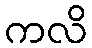
ကလိ